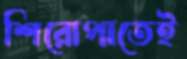
শিরোপাতেই